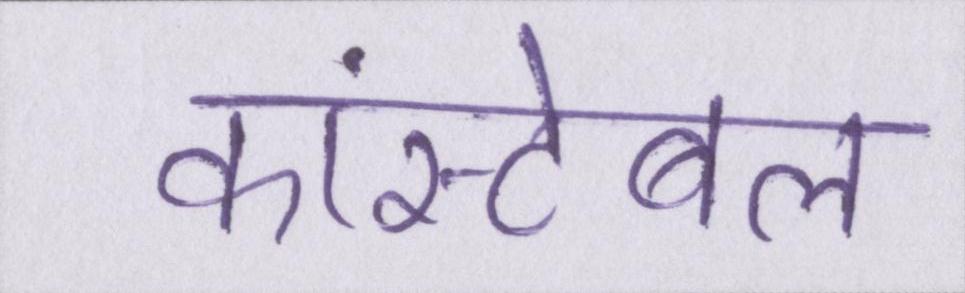
कांस्टेबल